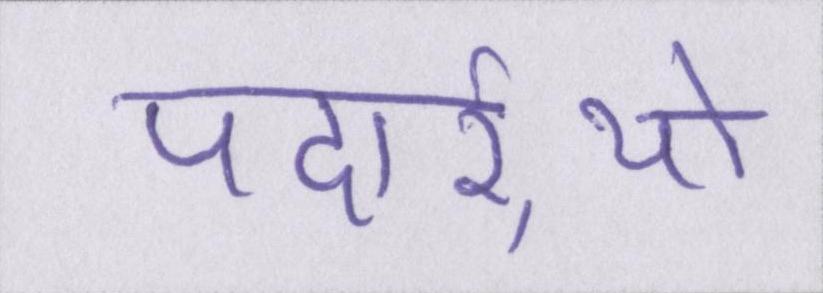
पदार्र्थो